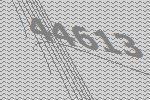
44613